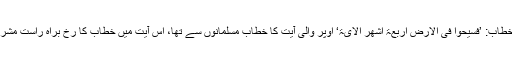
براہ راست مشرکین سے خطاب: ’فَسِیْحُوْا فِی الْاَرْضِ اَرْبَعَۃَ اَشْھُرٍ الایۃ‘ اوپر والی آیت کا خطاب مسلمانوں سے تھا، اس آیت میں خطاب کا رخ براہ راست مشرکین کی طرف ہو گیا ہے۔